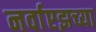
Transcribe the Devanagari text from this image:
नर्वाएझच्या